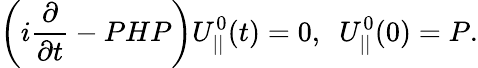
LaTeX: \left(i\frac{\partial}{\partial t}-PHP\right)U_{||}^{0}(t)=0,\verb + +U_{||}^{0}(0)=P.